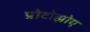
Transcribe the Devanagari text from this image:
प्रोटोझोए